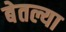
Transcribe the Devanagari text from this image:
बेतल्या